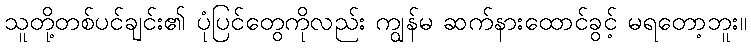
သူတို့တစ်ပင်ချင်း၏ ပုံပြင်တွေကိုလည်း ကျွန်မ ဆက်နားထောင်ခွင့် မရတော့ဘူး။